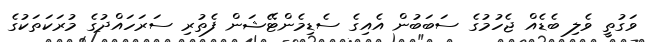
ވަގުތީ ވެލި ބެޑެއް ޖެހުމުގެ ސަބަބުން އެއިގެ ސެޑިމެންޓޭޝަން ފެތުރި ސަރަހައްދުގެ މުރަކަތަކުގެ